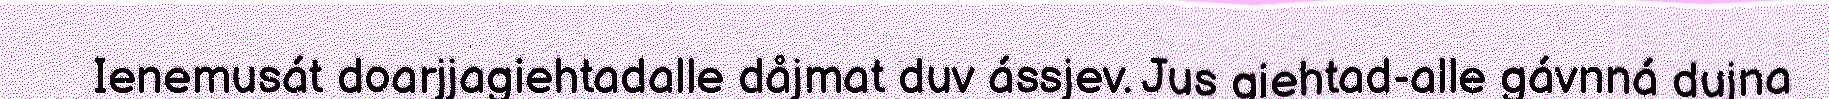
Ienemusát doarjjagiehtadalle dåjmat duv ássjev. Jus giehtad-alle gávnná dujna